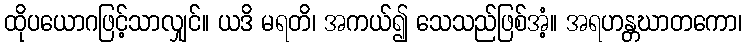
ထိုပယောဂဖြင့်သာလျှင်။ ယဒိ မရတိ၊ အကယ်၍ သေသည်ဖြစ်အံ့။ အရဟန္တဃာတကော၊